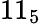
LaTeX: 11_{5}